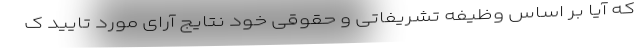
که آیا بر اساس وظیفه تشریفاتی و حقوقی خود نتایج آرای مورد تایید ک